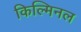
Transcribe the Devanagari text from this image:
किल्मिनल